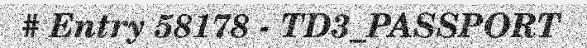
# Entry 58178 - TD3_PASSPORT